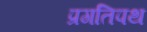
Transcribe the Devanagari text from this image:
प्रगतिपथ